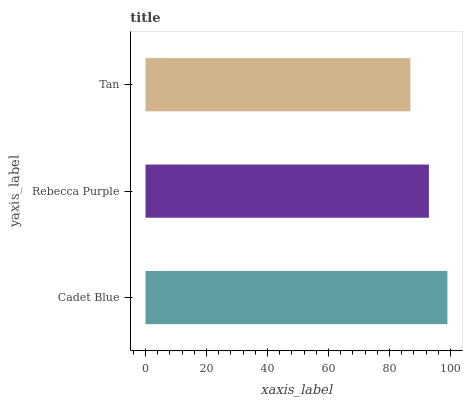
| yaxis_label | bars |
 | --- | --- |
 | Cadet Blue | 99 |
 | Rebecca Purple | 92.9 |
 | Tan | 86.9 |